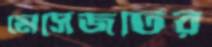
মেসেজটির